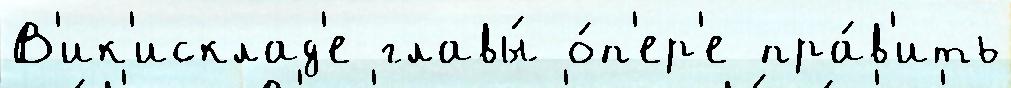
В'ик'исклад'е главы́ о́п'ер'е пра́в'ить